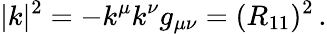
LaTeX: |k|^{2}=-k^{\mu}k^{\nu}g_{\mu\nu}=(R_{11})^{2}\, .